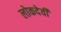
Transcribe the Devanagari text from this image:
लोकदेवी